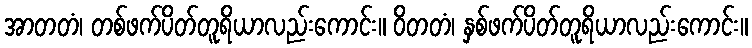
အာတတံ၊ တစ်ဖက်ပိတ်တူရိယာလည်းကောင်း။ ဝိတတံ၊ နှစ်ဖက်ပိတ်တူရိယာလည်းကောင်း။